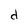
Character: d